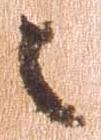
々